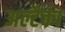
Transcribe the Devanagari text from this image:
अल्टैका